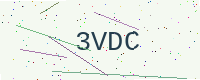
Text: 3VDC